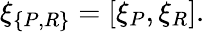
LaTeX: \xi_{\{ P,R\} }=[\xi_{P},\xi_{R}].